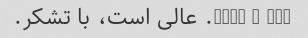
553 - 2213. عالی است، با تشکر.